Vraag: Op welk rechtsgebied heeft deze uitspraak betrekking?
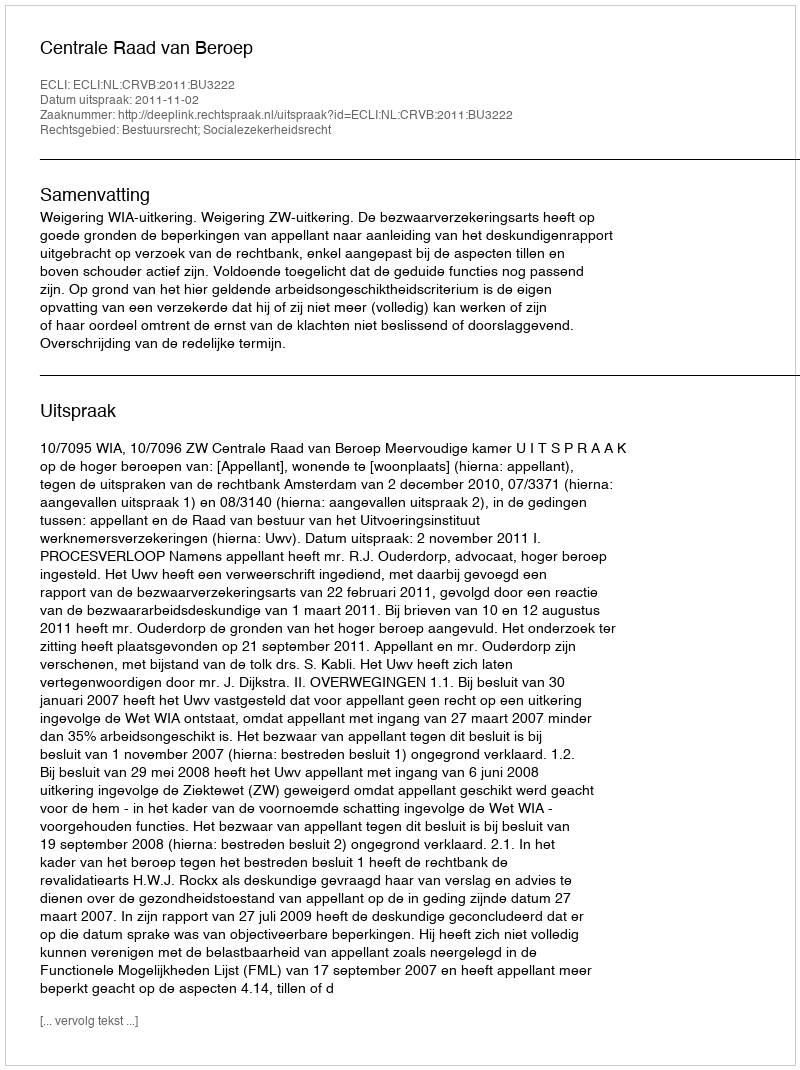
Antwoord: Bestuursrecht; Socialezekerheidsrecht